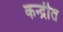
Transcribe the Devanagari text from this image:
कन्द्रीत